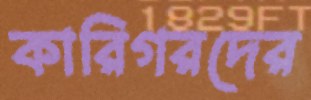
কারিগরদের